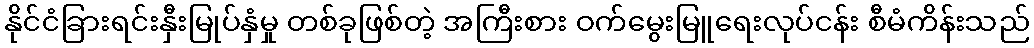
နိုင်ငံခြားရင်းနှီးမြုပ်နှံမှု တစ်ခုဖြစ်တဲ့ အကြီးစား ဝက်မွေးမြူရေးလုပ်ငန်း စီမံကိန်းသည်